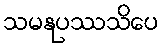
သမနုပဿသိပေ